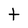
Character: t